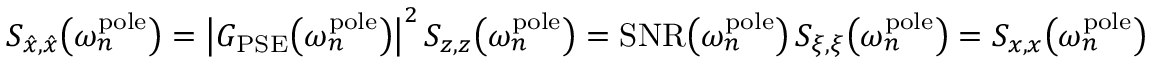
S _ { \hat { x } , \hat { x } } \big ( \omega _ { n } ^ { \mathrm { p o l e } } \big ) = \bigl | G _ { \mathrm { P S E } } \big ( \omega _ { n } ^ { \mathrm { p o l e } } \big ) \bigr | ^ { 2 } \, S _ { z , z } \big ( \omega _ { n } ^ { \mathrm { p o l e } } \big ) = \mathrm { S N R } \big ( \omega _ { n } ^ { \mathrm { p o l e } } \big ) \, S _ { \xi , \xi } \big ( \omega _ { n } ^ { \mathrm { p o l e } } \big ) = S _ { x , x } \big ( \omega _ { n } ^ { \mathrm { p o l e } } \big )